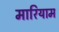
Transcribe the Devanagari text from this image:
मारियाम